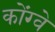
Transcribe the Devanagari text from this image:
कोंग्वे